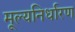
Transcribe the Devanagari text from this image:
मूल्‍यनिर्धारण